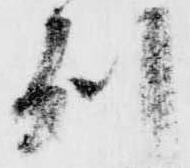
州